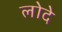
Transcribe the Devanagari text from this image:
लोदे